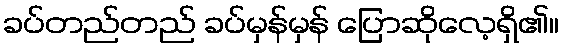
ခပ်တည်တည် ခပ်မှန်မှန် ပြောဆိုလေ့ရှိ၏။